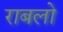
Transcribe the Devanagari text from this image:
राबलो